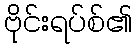
ဗိုင်းရပ်စ်၏